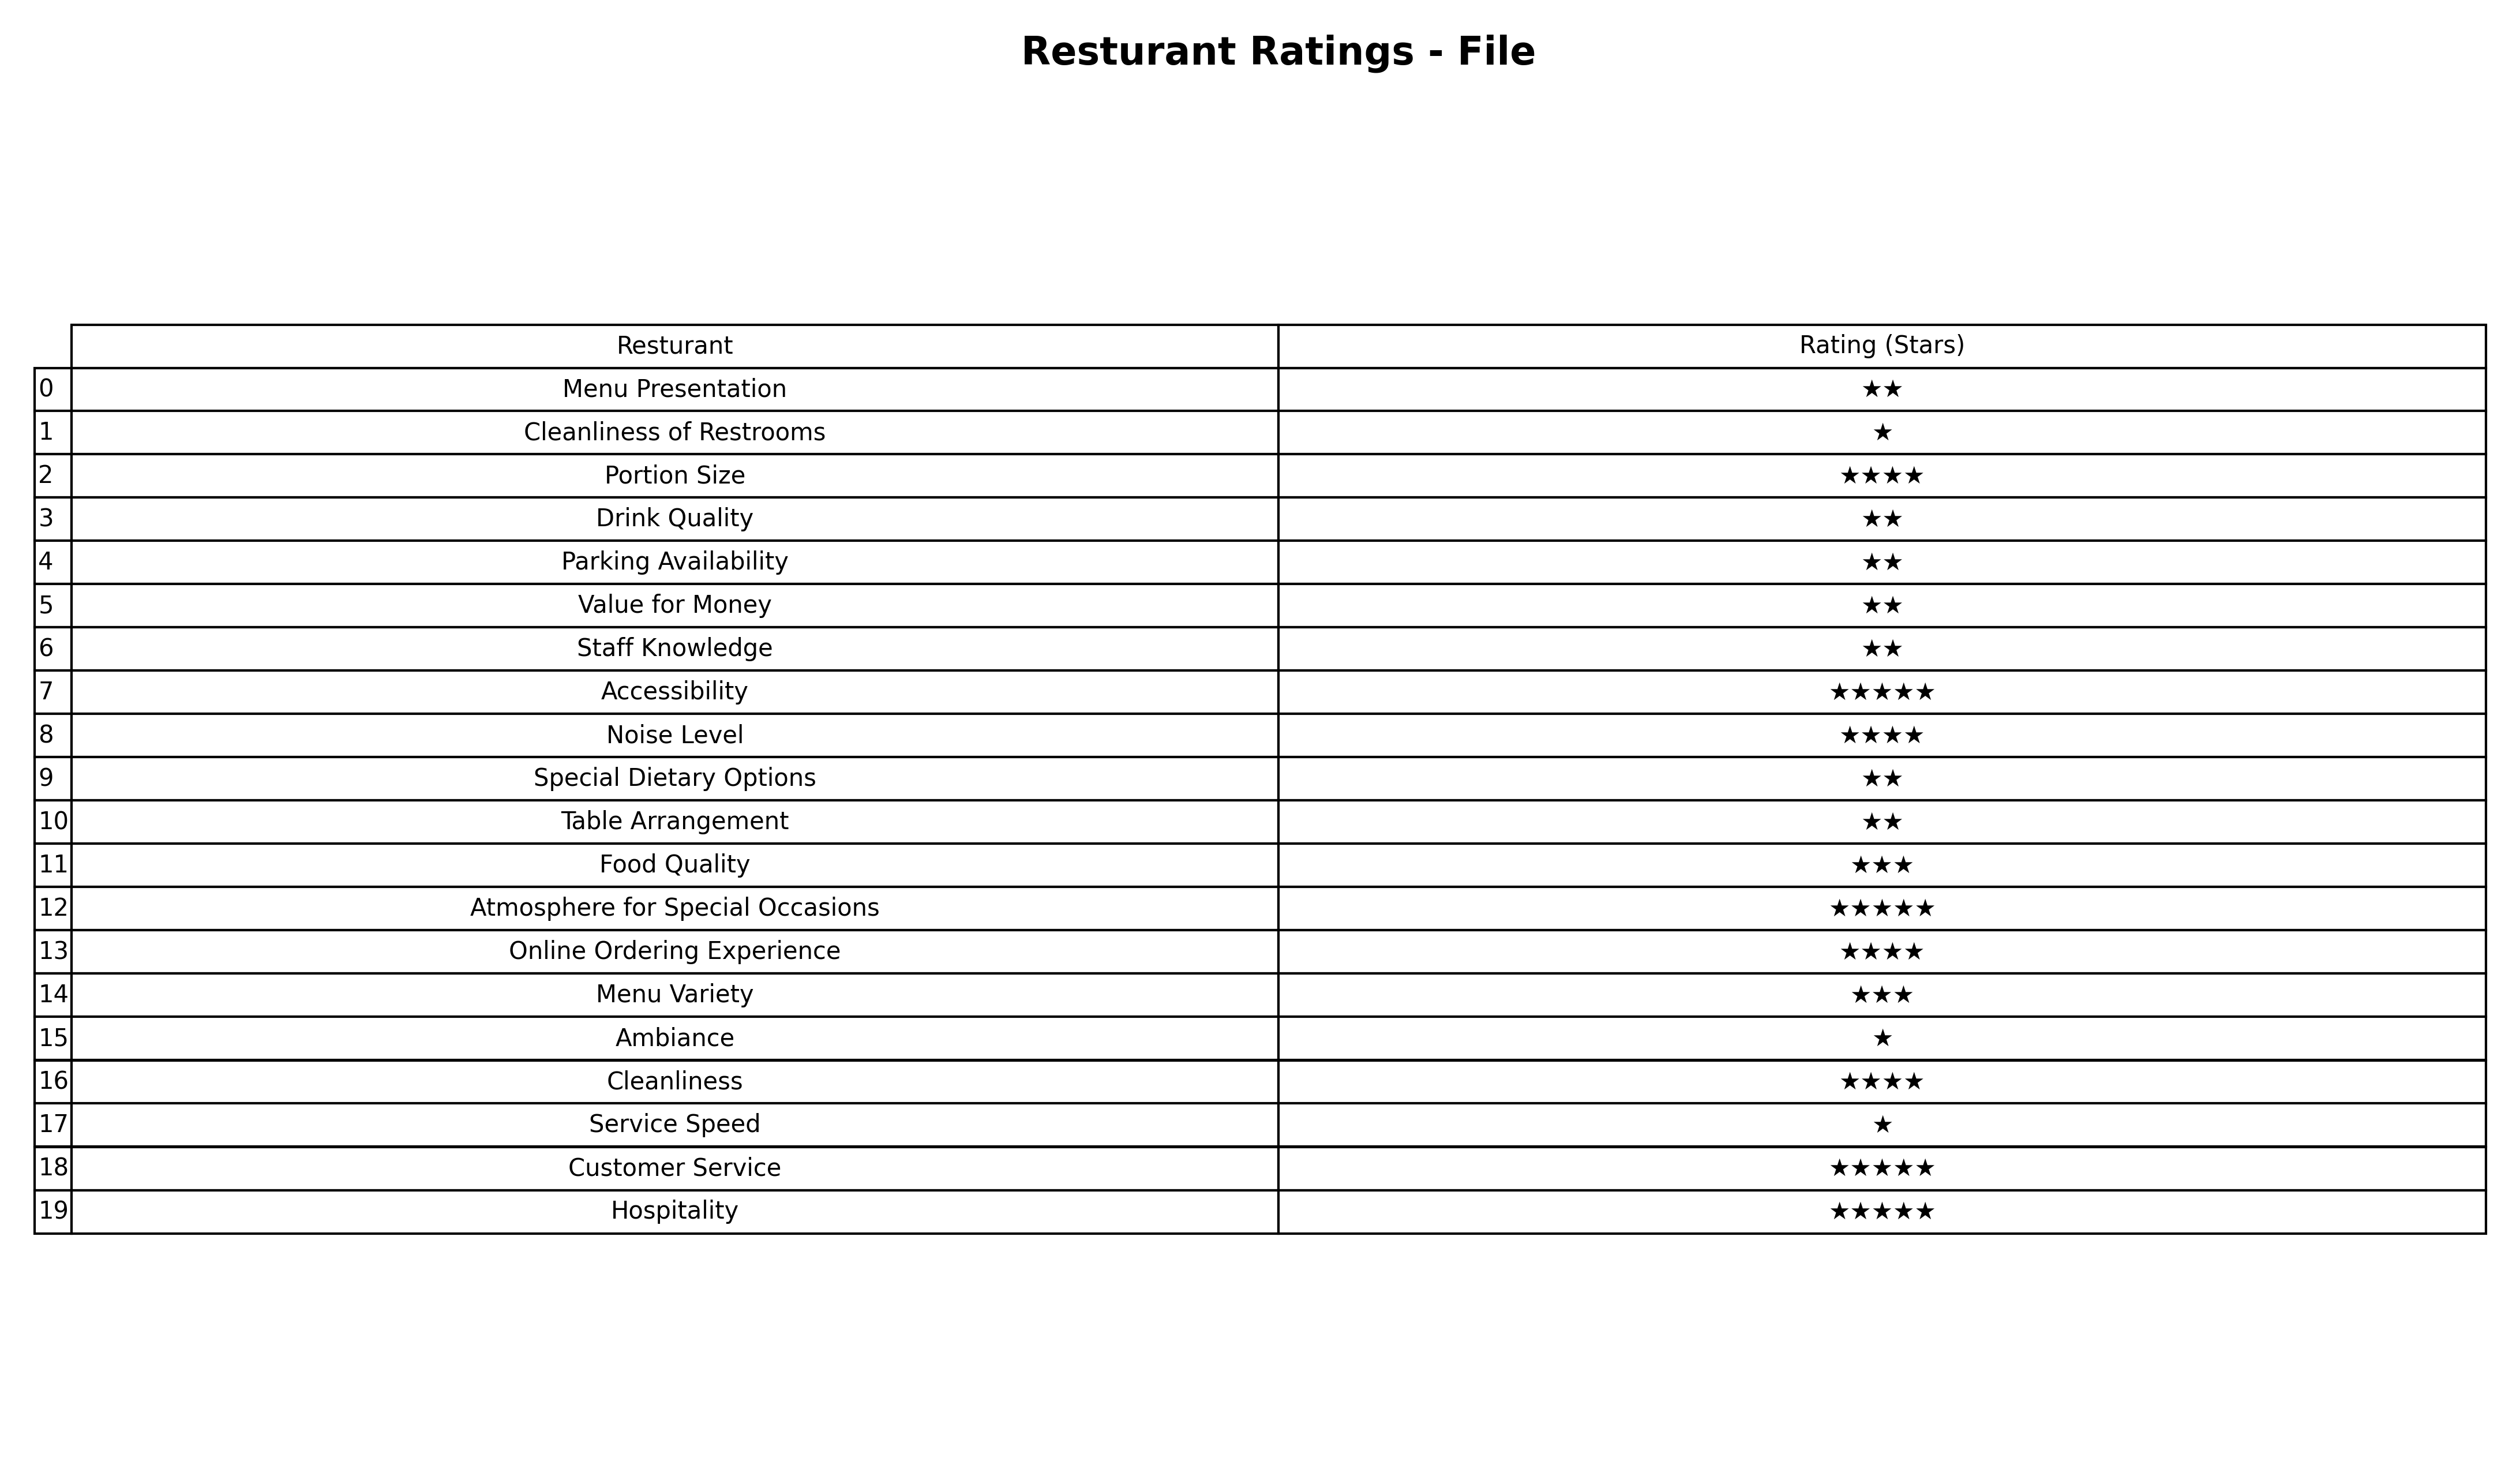
question: What is the rating of Menu Variety?
answer: ★★★